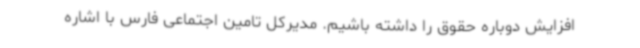
افزایش دوباره حقوق را داشته باشیم. مدیرکل تامین اجتماعی فارس با اشاره